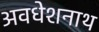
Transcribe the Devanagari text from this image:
अवधेशनाथ